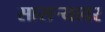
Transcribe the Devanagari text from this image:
सासर्‍यावर